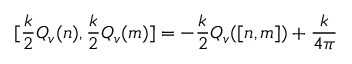
\lbrack \frac k 2 Q _ { v } ( n ) , \frac k 2 Q _ { v } ( m ) ] = - \frac k 2 Q _ { v } ( [ n , m ] ) + { \frac k { 4 \pi } }